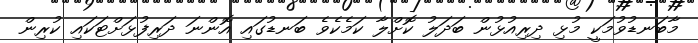
މާބަނޑުވުމަކީ މުޅި ދިރިއުޅުން ބަދަލު ކޮށްލާ ކަމެކެވެ ބަނޑުގައި އޮންނަ ދަރިފުޅަށްޓަކައި ކުރިން